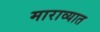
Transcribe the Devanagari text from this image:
माराव्यात